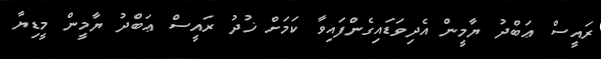
ރައީސް ޢަބްދު ޔާމީން އެދިވަޑައިގެންފައިވާ ކަމަށް ޚުދު ރައީސް ޢަބްދު ޔާމީން މީޑިޔާ